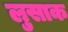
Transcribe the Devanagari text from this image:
लुसाक